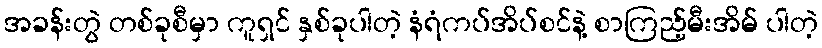
အခန်းတွဲ တစ်ခုစီမှာ ကူရှင် နှစ်ခုပါတဲ့ နံရံကပ်အိပ်စင်နဲ့ စာကြည့်မီးအိမ် ပါတဲ့